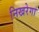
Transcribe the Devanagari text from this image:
निखरेगा